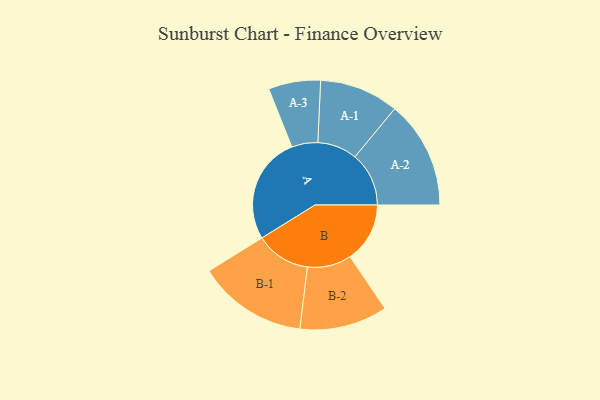
{"axis": {"x": "Segment", "y": "Value"}, "legend": ["", "A", "B"], "data": [{"x": "A", "y": 473, "type": ""}, {"x": "B", "y": 264, "type": ""}, {"x": "A-1", "y": 175, "type": "A"}, {"x": "A-2", "y": 238, "type": "A"}, {"x": "A-3", "y": 115, "type": "A"}, {"x": "B-1", "y": 242, "type": "B"}, {"x": "B-2", "y": 194, "type": "B"}]}